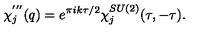
\chi _ { j } ^ { ' ^ { \prime \prime } } ( q ) = e ^ { \pi i k \tau / 2 } \chi _ { j } ^ { S U ( 2 ) } ( \tau , - \tau ) .